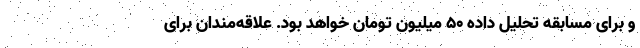
و برای مسابقه تحلیل داده ۵۰ میلیون تومان خواهد بود. علاقه‌مندان برای